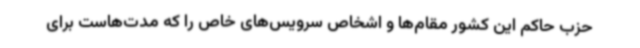
حزب حاکم این کشور مقام‌ها و اشخاص سرویس‌های خاص را که مدت‌هاست برای